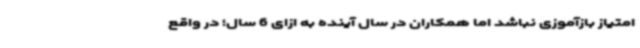
امتیاز بازآموزی نباشد اما همکاران در سال آینده به ازای 6 سال؛ در واقع